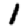
Digit: 1